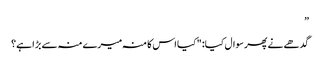
”
گدھے نے پھر سوال کیا: "کیا اس کا منہ میرے منہ سے بڑا ہے؟